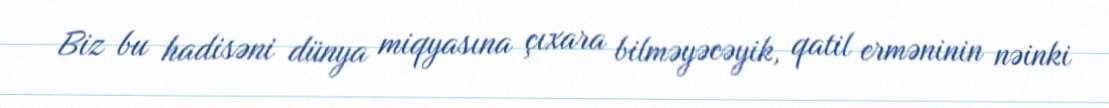
Biz bu hadisəni dünya miqyasına çıxara bilməyəcəyik, qatil erməninin nəinki